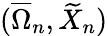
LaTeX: (\overline{\Omega}_{n},\widetilde X_{n})